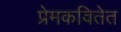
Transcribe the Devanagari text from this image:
प्रेमकवितेत